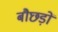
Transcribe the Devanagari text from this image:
बौछड़ों